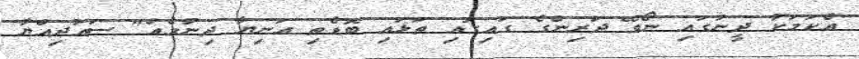
އެކަމަކު ދީނުގައި ނޯވޭ ދަރިންގެ ގައިގައި ތަޅައި ބޮޑެތި އަނިޔާ ދިނުމެއް" ސައުދިއްޔާ